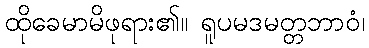
ထိုခေမာမိဖုရား၏။ ရူပမဒမတ္တဘာဝံ၊